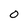
Character: 0